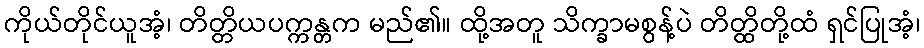
ကိုယ်တိုင်ယူအံ့၊ တိတ္တိယပက္ကန္တက မည်၏။ ထို့အတူ သိက္ခာမစွန့်ပဲ တိတ္ထိတို့ထံ ရှင်ပြုအံ့၊